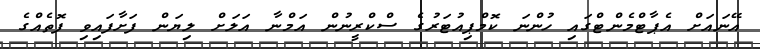
އޭނައަށް އެޕާޓްމެންޓްގައި ހުންނަ ކޮމްޕިއުޓަރުގެ ސްކްރީނުން އަމްނާ އަލަށް ލިޔަން ފަށާފައިވި ފޮތެއްގެ